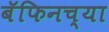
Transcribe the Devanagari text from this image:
बॅफिनच्या